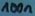
Text: 100n